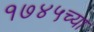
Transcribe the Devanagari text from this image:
१७४५च्या